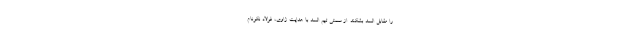
را مقابل السد بشکند. از سمتی تیم السد با هدایت ژاوی، فولاد نکونام